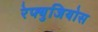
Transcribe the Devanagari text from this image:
रेफ्युजियोस